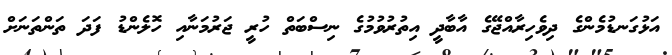
އަޅުގަނޑުމެންގެ ދިވެހިރާއްޖޭގެ އާބާދީ އިތުރުވުމުގެ ނިސްބަތް ހުރީ ޖަރުމަނާއި ހޮލެންޑު ފަދަ ތަންތަނަށް